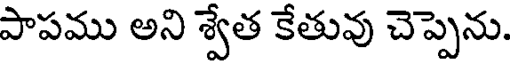
పాపము అని శ్వేత కేతువు చెప్పెను.